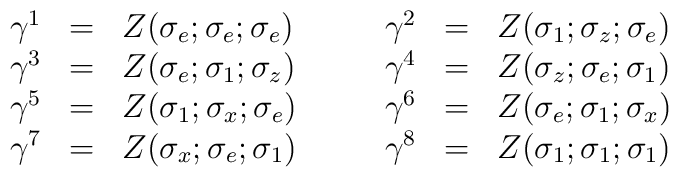
\begin{array}{lcl c lcl}\gamma^1&=&Z(\sigma_e;\sigma_e;\sigma_e)&\quad&\gamma^2&=&Z(\sigma_1;\sigma_z;\sigma_e)\\\gamma^3&=&Z(\sigma_e;\sigma_1;\sigma_z)&\quad&\gamma^4&=&Z(\sigma_z;\sigma_e;\sigma_1)\\\gamma^5&=&Z(\sigma_1;\sigma_x;\sigma_e)&\quad&\gamma^6&=&Z(\sigma_e;\sigma_1;\sigma_x)\\\gamma^7&=&Z(\sigma_x;\sigma_e;\sigma_1)&\quad&\gamma^8&=&Z(\sigma_1;\sigma_1;\sigma_1)\\\end{array}